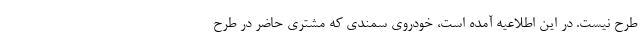
طرح نیست. در این اطلاعیه آمده است، خودروی سمندی که مشتری حاضر در طرح